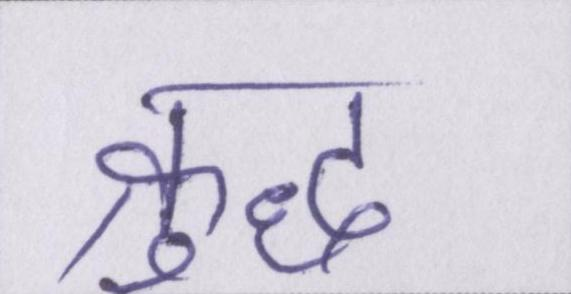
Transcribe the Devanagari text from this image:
क्रुद्ध